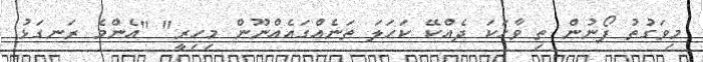
މިވަގުތު ފޯނުން ތި ވާހަކަ ދެއްކޭ ކަހަލަ ތަނެއްގައެއްނޫން މިހިރީ" "އެންމެ ރަނގަޅު